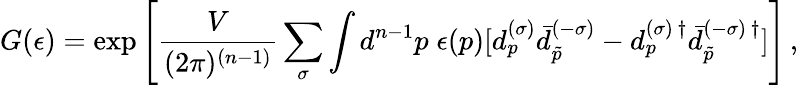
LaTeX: G(\epsilon)=\exp\left[\frac{V}{(2\pi)^{(n-1)}}\sum_{\sigma}\int d^{n-1}p\; \epsilon(p)[d_{p}^{(\sigma)}\bar{d}_{\tilde{p}}^{(-\sigma)}-d_{p}^{(\sigma)\, \dagger}\bar{d}_{\tilde{p}}^{(-\sigma)\, \dagger}]\right]\, {,}